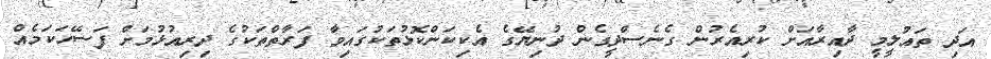
އަދި ތައުލީމީ ދާއިރާއަށް ކުރިއެރުން ގެނެސްދީގެން ދުނިޔޭގެ އެކިކަންކޮޅުތަކުގައިވާ ފަރާތްތަކުގެ ދިރިއުޅުމަށް ފަސޭހަކަމެއް